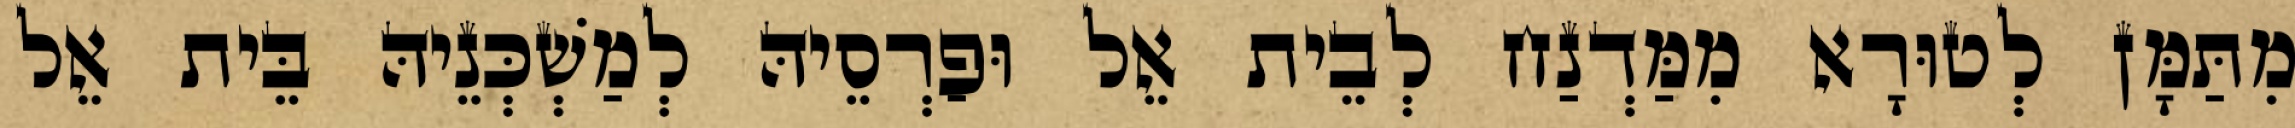
מִתַּמָּן לְטוּרָא מִמַּדְנַח לְבֵית אֵל וּפַרְסֵיהּ לְמַשְׁכְּנֵיהּ בֵּית אֵל